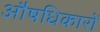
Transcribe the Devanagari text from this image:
औषधिकारों